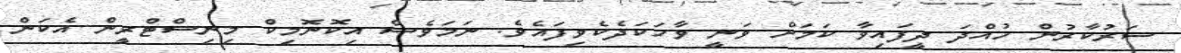
ސަރުކާރުން ހުއްދަ ދީފައިވާ ކަމަށް ވަނީ ވާހަކަދެކެވިފައެވެ. ނަމަވެސް އިކޮނޮމިކް މިނިސްޓްރީން އެކަން